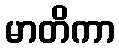
မာတိကာ